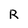
Character: R